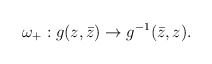
\begin{align*}\omega_+: g(z,\bar z) \to g^{-1} (\bar z, z) .\end{align*}